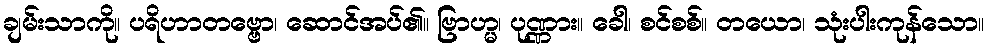
ချမ်းသာကို။ ပရိဟာတဗ္ဗော၊ ဆောင်အပ်၏။ ဗြာဟ္မ၊ ပုဏ္ဏား။ ခေါ၊ စင်စစ်။ တယော၊ သုံးပါးကုန်သော။